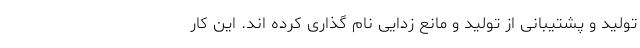
تولید و پشتیبانی از تولید و مانع زدایی نام گذاری کرده اند. این کار